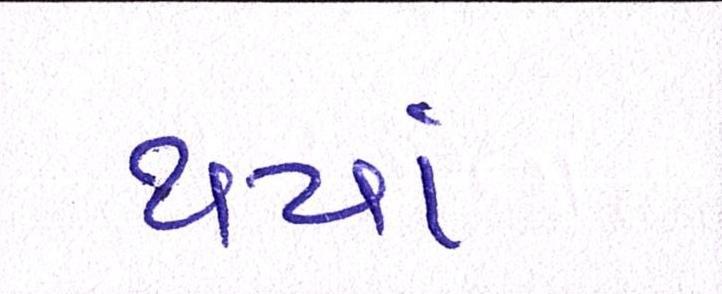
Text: થયાં